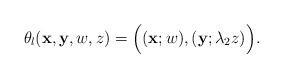
LaTeX: \begin{align*} \theta_{\l}(\bold{x},\bold{y},w,z)=\Bigl((\bold{x};w),(\bold{y};\lambda_{2}z)\Bigr). \end{align*}